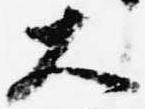
大